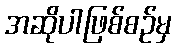
အဆိုပါဖြစ်စဉ်မှ